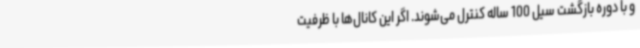
و با دوره بازگشت سیل 100 ساله کنترل می‌شوند. اگر این کانال‌ها با ظرفیت